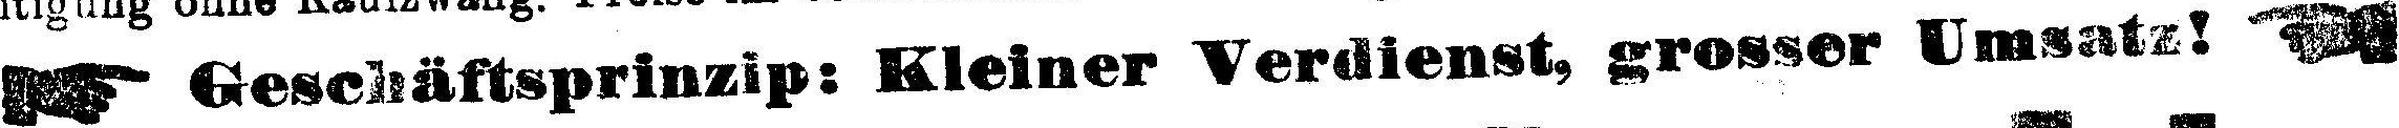
Geschäftsprinzip: Kleiner Verdienst, grosser Umsatz!